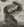
Text: 8